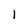
Character: I